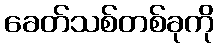
ခေတ်သစ်တစ်ခုကို